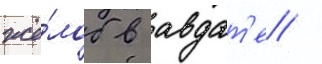
жё́лоб в авдат'е /